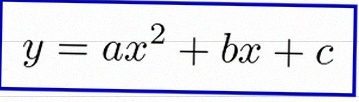
y=ax^2+bx+c